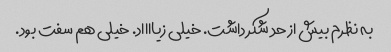
به نظرم بیش از حد شکر داشت. خیلی زیااااد. خیلی هم سفت بود.